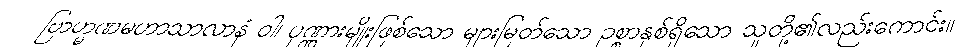
ဗြာဟ္မဏမဟာသာလာနံ ဝါ၊ ပုဏ္ဏားမျိုးဖြစ်သော များမြတ်သော ဥစ္စာနှစ်ရှိသော သူတို့၏လည်းကောင်း။